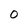
Character: O